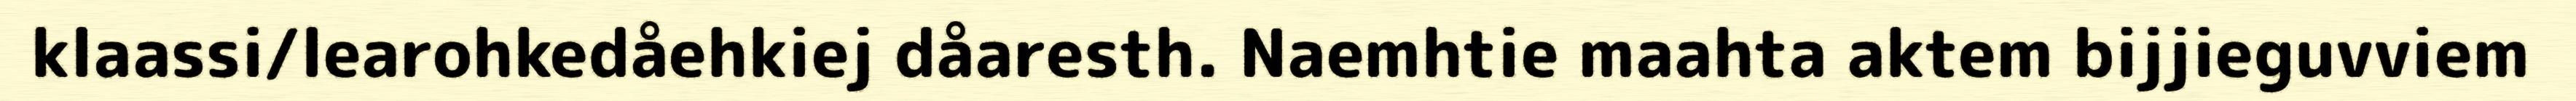
klaassi/learohkedåehkiej dåaresth. Naemhtie maahta aktem bijjieguvviem